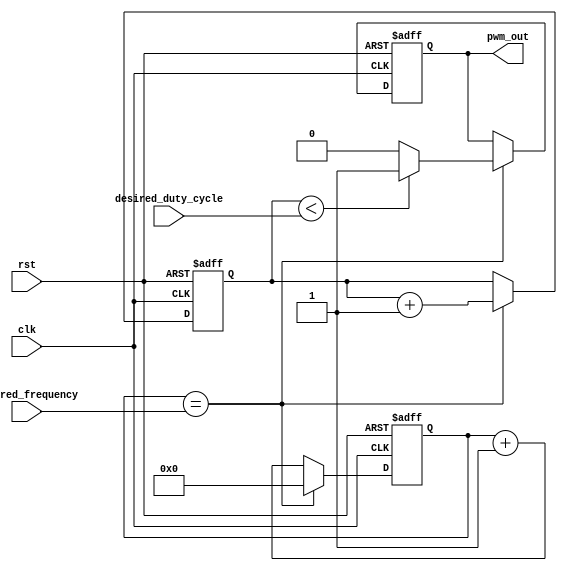
module pwm_timer (
    input wire clk,
    input wire rst,
    input wire [7:0] desired_frequency,
    input wire [7:0] desired_duty_cycle,
    output reg pwm_out
);

reg [7:0] counter = 8'b0;
reg [7:0] duty_cycle_count = 8'b0;

always @(posedge clk or posedge rst) begin
    if (rst) begin
        counter <= 8'b0;
        duty_cycle_count <= 8'b0;
        pwm_out <= 1'b0;
    end else begin
        if (counter == desired_frequency) begin
            counter <= 8'b0;
            pwm_out <= (duty_cycle_count < desired_duty_cycle) ? 1'b1 : 1'b0;
            duty_cycle_count <= duty_cycle_count + 8'b1;
        end else begin
            counter <= counter + 8'b1;
        end
    end
end

endmodule